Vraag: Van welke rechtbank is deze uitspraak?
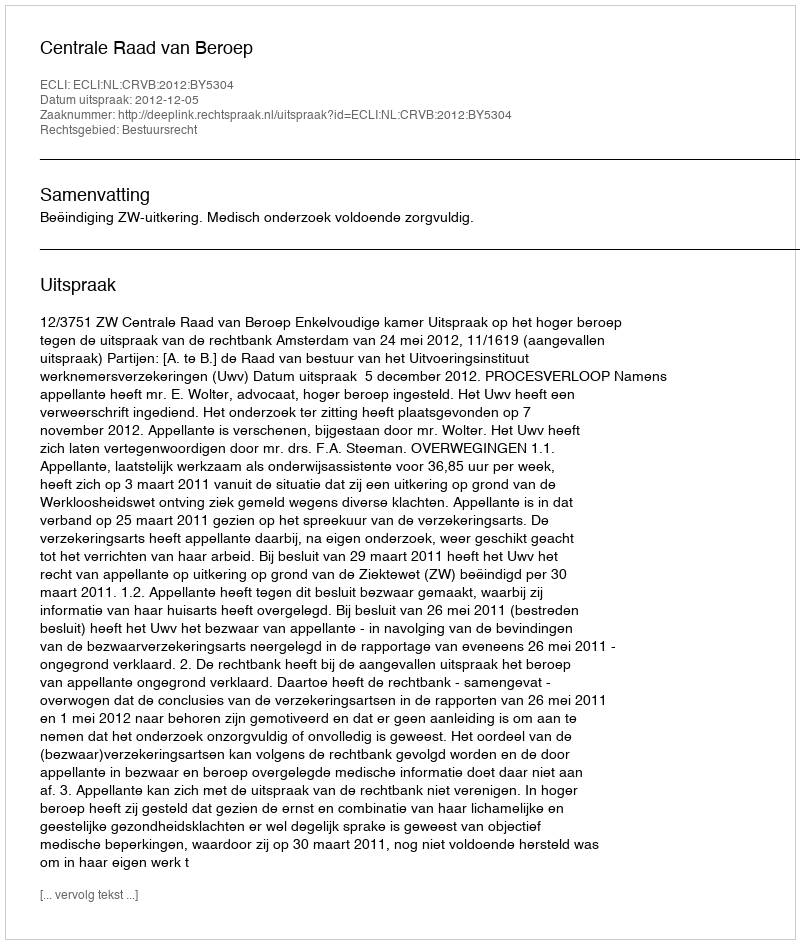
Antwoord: Centrale Raad van Beroep